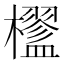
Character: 𣟇